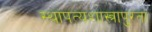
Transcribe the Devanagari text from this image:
स्थापत्यशास्त्रापुरता